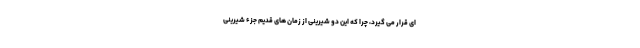
ای قرار می گیرد، چرا که این دو شیرینی از زمان های قدیم جزء شیرینی